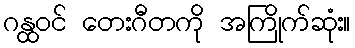
ဂန္ထဝင် တေးဂီတကို အကြိုက်ဆုံး။